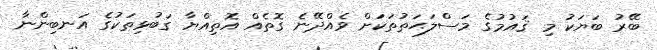
ބޭރު ބަޔަކު މި ޤައުމުގެ މަސްލަޙަތުތަކަށް ވެއްދޭނެ ގޮތެއް އޮތިއްޔާ ގަބުޅިތަކުގެ އަނބިންނާ